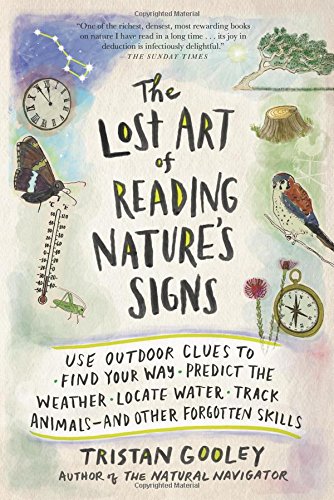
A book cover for The Lost Art of Reading Nature's Signs: Use Outdoor Clues to Find Your Way, Predict the Weather, Locate Water, Track Animalsand Other Forgotten Skills; Tristan Gooley; Science & Math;